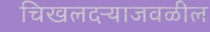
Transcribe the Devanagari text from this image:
चिखलदऱ्याजवळील